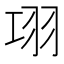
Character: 𦏼